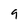
Character: 9